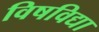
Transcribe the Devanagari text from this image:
विषविद्या